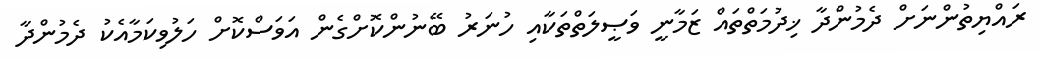
ރައްޔިތުންނަށް ދެމުންދާ ޚިދުމަތްތައް ޒަމާނީ ވަޞީލަތްތަކާއި ހުނަރު ބޭނުންކޮށްގެން އަވަސްކޮށް ހަލުވިކަމާއެކު ދެމުންދާ